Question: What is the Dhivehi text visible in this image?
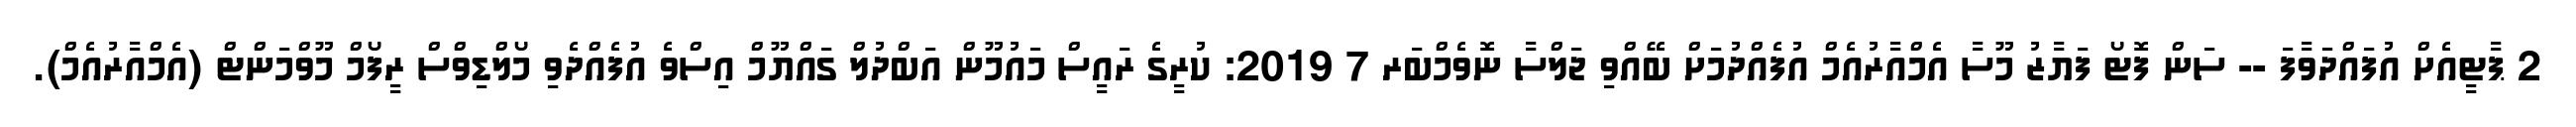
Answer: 2 ޕާޓީއެށް އުފައްދަވާފަ -- ސަން ފޮޓޯ ފަޔާޒު މޫސާ އެމްއާރުއެމް އުފެއްދުމަށް ބޭއްވި ޖަލްސާ ނޮވެމްބަރ 7 2019: ކުރީގެ ރައީސް މައުމޫން އަބްދުލް ގައްޔޫމް އިސްވެ އުފެއްދެވި މޯލްޑިވްސް ރީފޯމް މޫވްމަންޓް (އެމްއާރުއެމް).